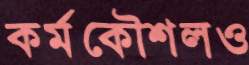
কর্মকৌশলও